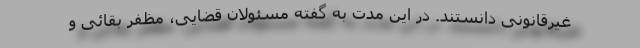
غیرقانونی دانستند. در این مدت به گفته مسئولان قضایی، مظفر بقائی و